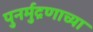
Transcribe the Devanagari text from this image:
पुनर्मुद्रणाच्या